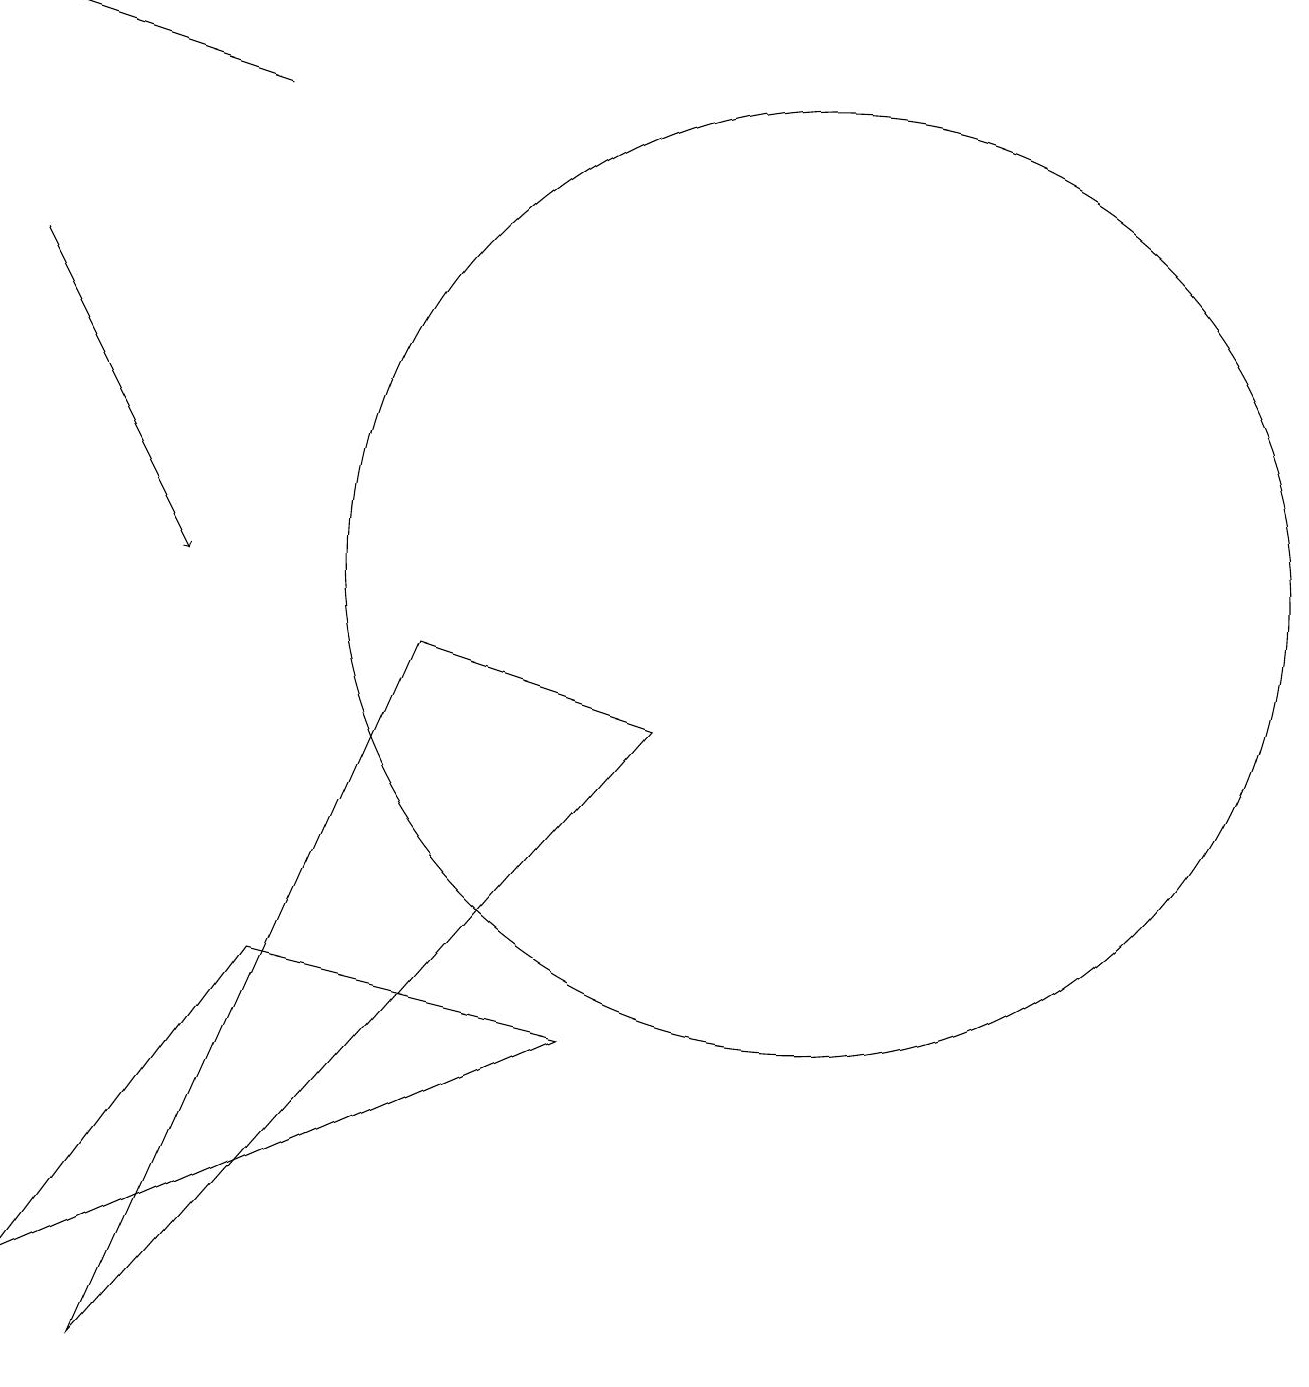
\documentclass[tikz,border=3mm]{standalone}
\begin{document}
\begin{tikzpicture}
\draw[->] (3,16) -- (0,17);
\draw (5,9) -- (8,8) -- (1,0) -- cycle;
\draw (10,10) circle (6);
\draw[->] (0,14) -- (2,10);
\draw (0,1) -- (3,5) -- (7,4) -- cycle;
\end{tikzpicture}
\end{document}